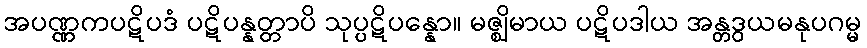
အပဏ္ဏကပဋိပဒံ ပဋိပန္နတ္တာပိ သုပ္ပဋိပန္နော။ မဇ္ဈိမာယ ပဋိပဒါယ အန္တဒွယမနုပဂမ္မ